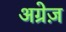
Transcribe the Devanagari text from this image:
अग्रेज़